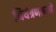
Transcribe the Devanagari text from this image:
नियंत्रणकरने